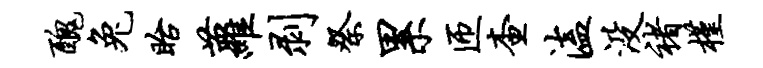
丑兔眙萝剥祭累匝查溘没褚槿